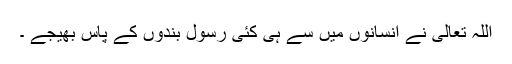
اللہ تعالی نے انسانوں میں سے ہی کئی رسول بندوں کے پاس بھیجے ۔